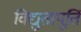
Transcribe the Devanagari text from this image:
विद्युतापूर्ति